Civil Veterinary Dept. Assam report 1911-1927 - 1911-1927
Year: 1911
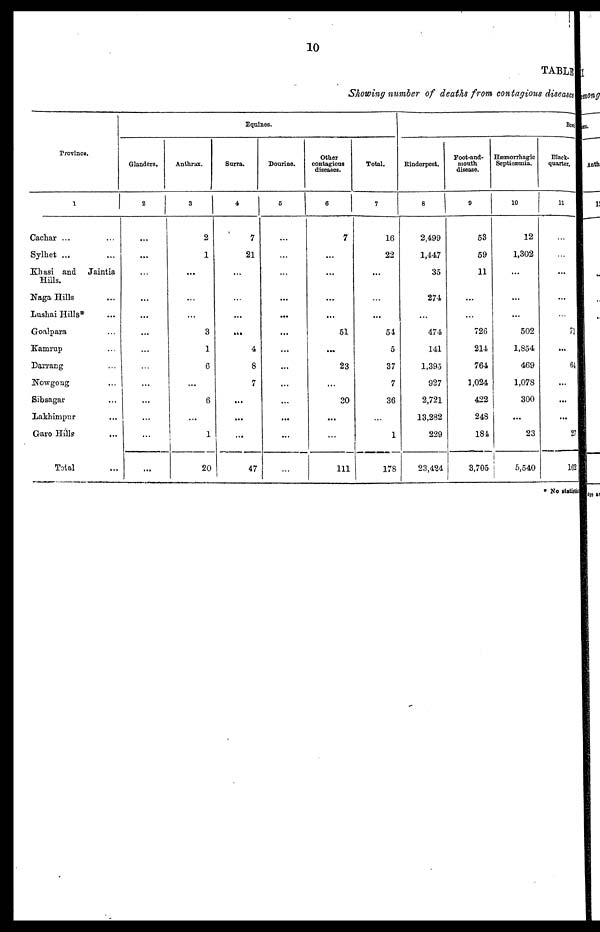
10
TABLE
Showing number of deaths from contagious diseases
Province.
1
Cachar ... ...
Sylhet ... ...
Khasi and Jaintia
Hills.
Naga Hills ...
Lusliai Hills ...
Goalpaxa ...
K'amrup ...
Darrang ...
Nowgong ...
Sibsagar ...
Lakhimpur ...
Garo Hills ...
Total ...
Equines.
Glanders.
2
...
...
...
...
...
...
...
...
...
...
...
...
...
Anthrax.
3
2
1
...
...
...
3
1
6
...
6
...
1
20
Surra.
4
7
21
...
...
...
...
4
8
...
...
...
...
47
Dourine.
6
...
...
...
...
...
...
...
...
...
...
...
...
...
Other
contagious
diseases.
6
7
...
...
...
...
51
...
23
...
30
...
...
111
Total.
7
16
22
...
...
...
54
5
37
7
36
...
1
178
Bovi
Rinderpest.
8
2,499
1,447
35
274
...
474
141
1,395
927
2,721
13,282
229
23,424
Foot-and-
mouth
disease.
9
53
59
11
...
...
726
214
764
1,024
422
248
184
|
3,705
Hæmorrhagic
Septicæmia.
10
12
1,302
...
...
...
502
1,854
469
1,078
300
...
23
5,540
Black-
quarter.
11
...
...
...
...
...
71
...
64
...
...
...
27
162
* No statist